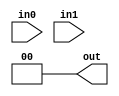
module special(
    input [1:0] in0,
    input [1:0] in1,
    output reg [1:0] out
    );
    
    wire data = {in1, in0};
    always@(*) begin
        case(data)
            4'b0101: out = 1;
            4'b0110: out = 1;
            4'b1001: out = 1;
            4'b1010: out = 1;
            4'b1111: out = 1;
            default: out = 0;
        endcase
    end
endmodule